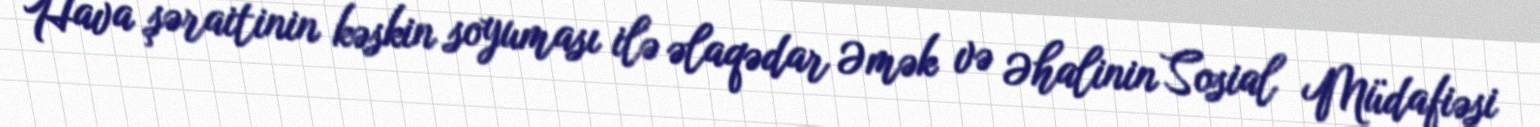
Hava şəraitinin kəskin soyuması ilə əlaqədar Əmək və Əhalinin Sosial Müdafiəsi